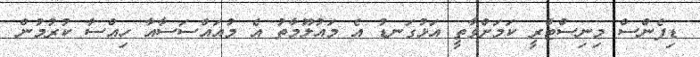
ޑިފެންސް މިނިސްޓްރީ ކަމަށްވާތީ އަޅުގަނޑު އެ މައުލޫމާތު އެ މުއައްސަސާއާ ހިއްސާ ކުރުމުން